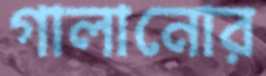
গালানোর